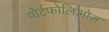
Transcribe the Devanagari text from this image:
पोर्टफोलिओज़